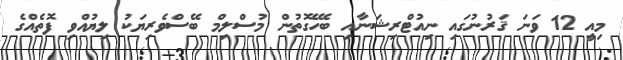
މިއީ 12 ވަނަ ޤަރުނުގައި ނިއުޓްރިޝަނާއި ބެހޭގޮތުން މުސްލިމް ބޭސްވެރިޔަކު ލިޔުއްވި ފޮތެއްގެ